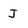
Character: J